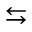
\leftrightarrows